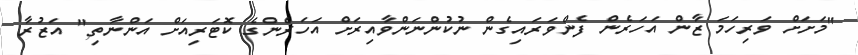
"މަށަށް ވަރިހަމަ ޒާން އަހަރެން ފެންވަރައިގެން ނުކުންނަންވާއިރަށް އަހަރެންގެ ކޮޓަރިއަށް އަންނާތި